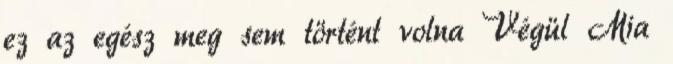
ez az egész meg sem történt volna Végül Mia